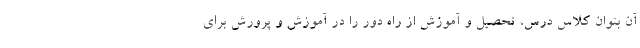
آن بتوان کلاس درس، تحصیل و آموزش از راه دور را در آموزش و پرورش برای